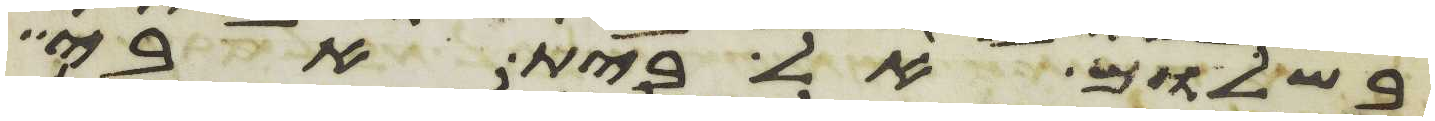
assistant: בשלום אל בית אבי